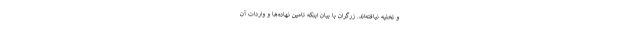
و تخلیه نیافته‌اند. زرگران با بیان اینکه تامین نهاده‌ها و واردات آن